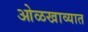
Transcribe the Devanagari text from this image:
ओळखाव्यात